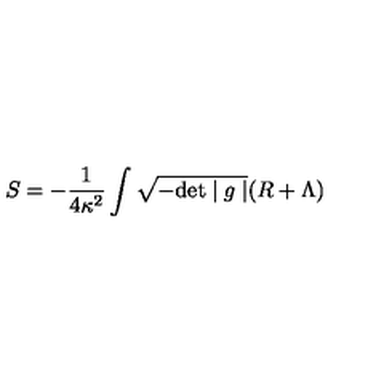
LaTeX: S = - \frac { 1 } { 4 \kappa ^ { 2 } } \int \sqrt { - \mathrm { d e t } \mid g \mid } ( R + \Lambda )